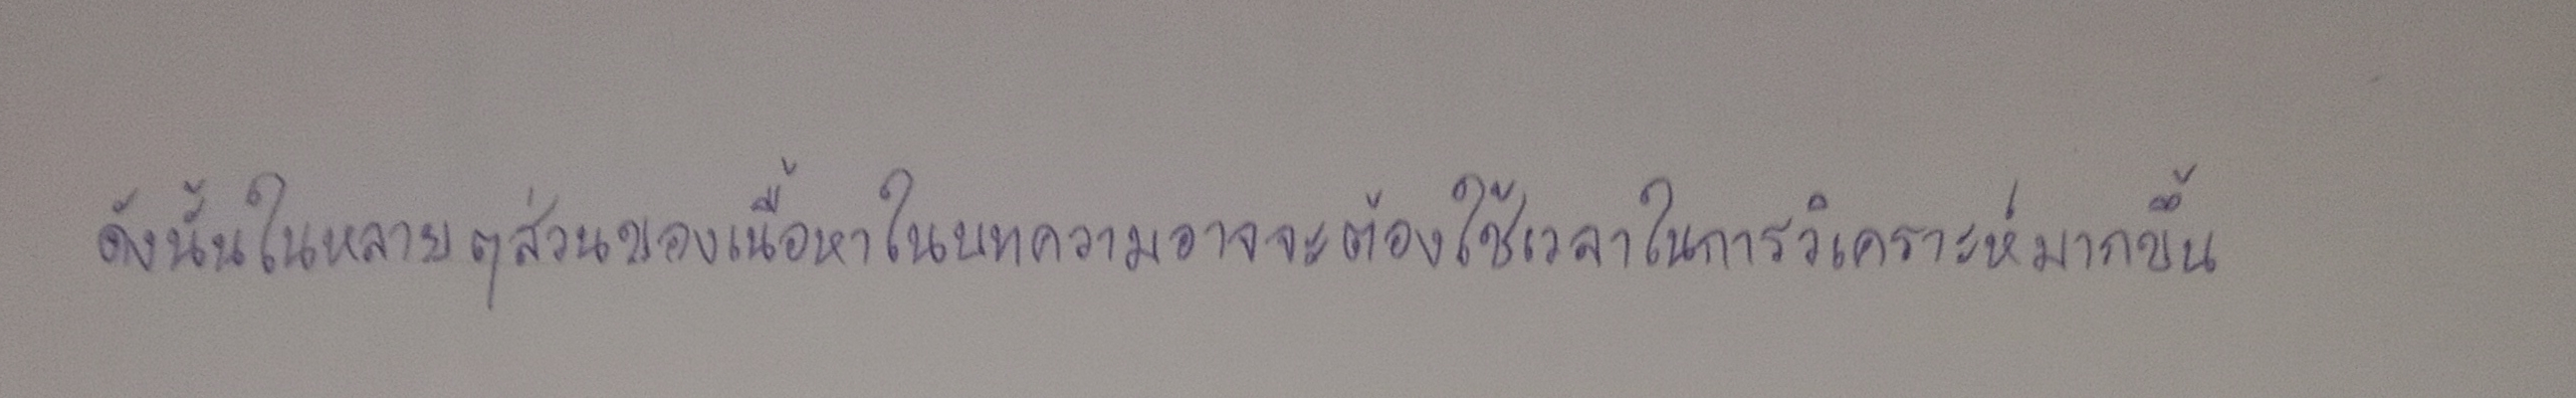
ดังนั้นในหลายๆส่วนของเนื้อหาในบทความอาจจะต้องใช้เวลาในการวิเคราะห์มากขึ้น